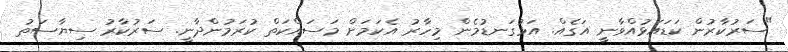
"ސަރުކާރުން ކަޑައަޅުއްވާނީ އަގެއް. އަޅުގަނޑުމެން މިހާރު އެކަމަށް މަސައްކަތް ކުރަމުންދާނީ. ސަރުކާރު ސިޔާސަތު